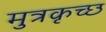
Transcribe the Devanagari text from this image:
मुत्रकृच्छ